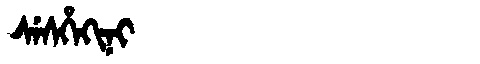
Manchu: ᠰᡝᠰᡥᡝᡴᡳᠨᡳ
Romanization: SESHEKINI